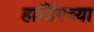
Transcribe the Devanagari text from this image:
हार्डिंगच्या